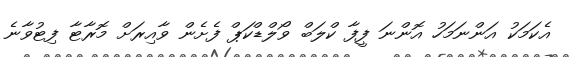
އެކަމަކު އަންނަމަހު އޮންނަ ފީފާ ކްލަބް ވޯލްޑްކަޕް ފެށެން ވާއިރަށް މޮރާޓާ ފިޓުވާނެ